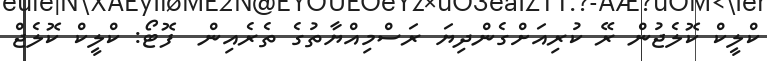
ކްލީކް ކޮލެޖުން ރޭ ކުރިއަށްގެންދިޔަ ރަސްމިއްޔާތުގެ ތެރެއިން  ފޮޓޯ: ކްލީކް ކޮލެޖް